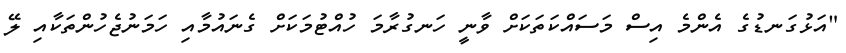
"އަޅުގަނޑުގެ އެންމެ އިސް މަސައްކަތަކަށް ވާނީ ހަނގުރާމަ ހުއްޓުމަކަށް ގެނައުމާއި ހަމަނުޖެހުންތަކާއި ލޭ